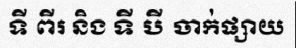
ទី ពីរ និង ទី បី ចាក់ផ្សាយ